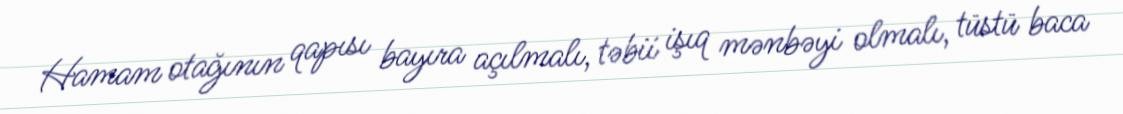
Hamam otağının qapısı bayıra açılmalı, təbii işıq mənbəyi olmalı, tüstü baca